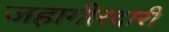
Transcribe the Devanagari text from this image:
जहागीरदारी